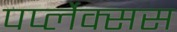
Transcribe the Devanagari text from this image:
पर्प्लेक्सस